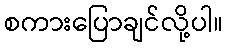
စကားပြောချင်လို့ပါ။